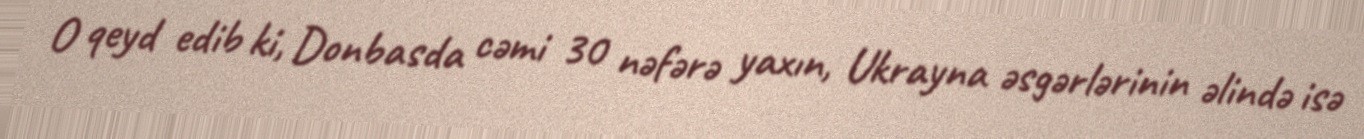
O qeyd edib ki, Donbasda cəmi 30 nəfərə yaxın, Ukrayna əsgərlərinin əlində isə